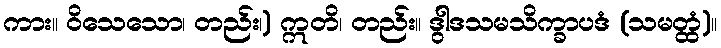
ကား။ ဝိသေသော၊ တည်း၊) ဣတိ၊ တည်း။ ဒွါဒသမသိက္ခာပဒံ (သမတ္ထံ)။